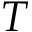
T